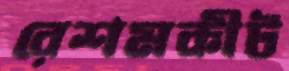
রেশমকীট